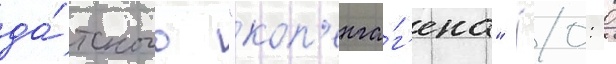
да́тского "коп'енга́г'ена" (0: 0